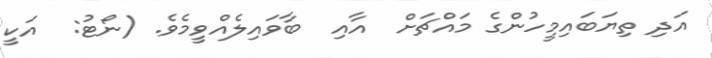
އަދި ތިޔަބައިމީހުންގެ މައްޗަށް  އާއި  ބާވައިލެއްވީމެވެ. (ނޯޓު:  އަކީ